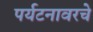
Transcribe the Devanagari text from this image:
पर्यटनावरचे